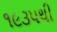
૧૯૩૫થી